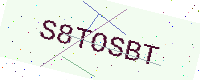
Text: S8TOSBT